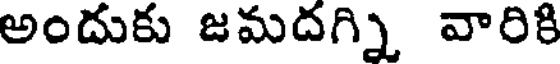
అందుకు జమదగ్ని వారికి